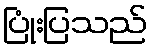
ပြုံးပြသည်